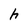
Character: h